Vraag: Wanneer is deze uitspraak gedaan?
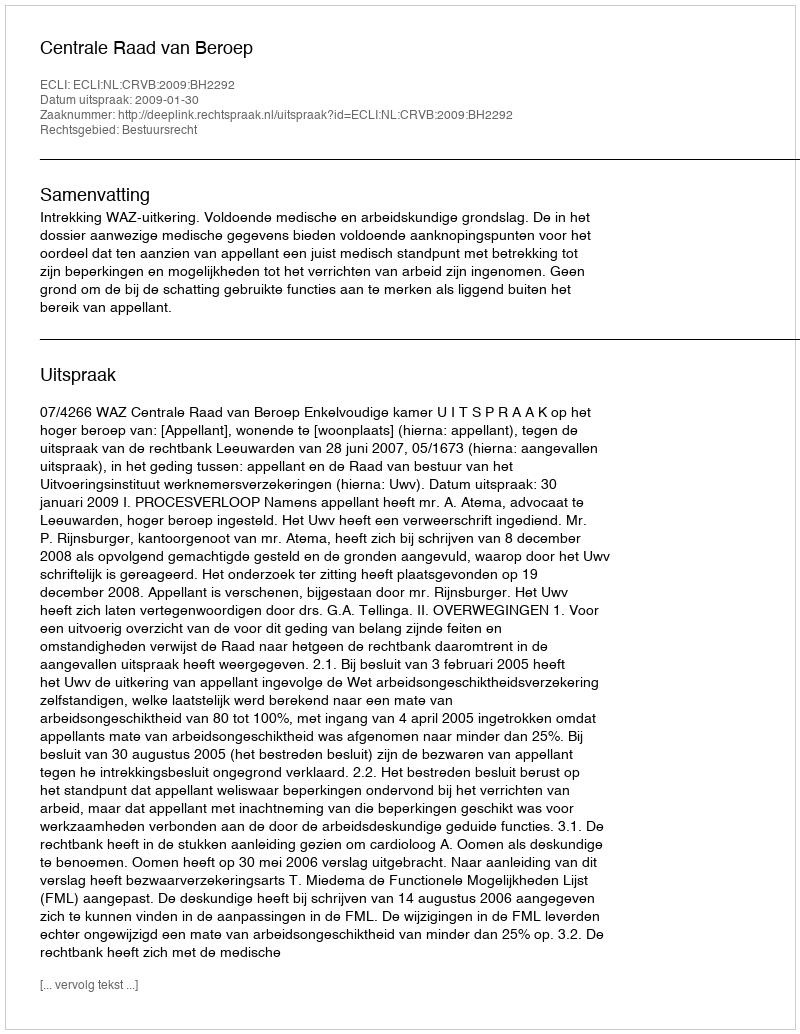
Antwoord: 2009-01-30